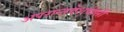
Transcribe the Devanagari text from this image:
अपरान्तदेशवासी